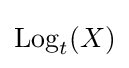
\operatorname {Log} _{t}(X)